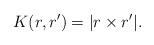
LaTeX: \begin{align*} K (r, r') = |r \times r' | .\end{align*}